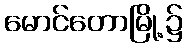
မောင်တောမြို့၌